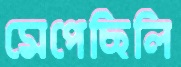
মেপেছিলি